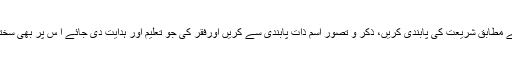
مرشد کی ہدایت کے مطابق شریعت کی پابندی کریں، ذکر و تصورِ اسمِ ذات پابندی سے کریں اورفقر کی جو تعلیم اور ہدایت دِی جائے ا س پر بھی سختی سے عمل کریں۔